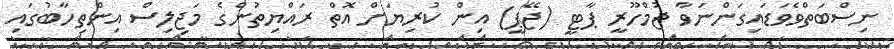
ނިސްބަތްވެވަޑައިގަންނަވާ ޖުމްހޫރީ ޕާޓީ (ޖޭޕީ) އިން ކުރިޔަށް އޮތް ރައްޔިތުންގެ މަޖިލިސް އިންތިހާބުގައި